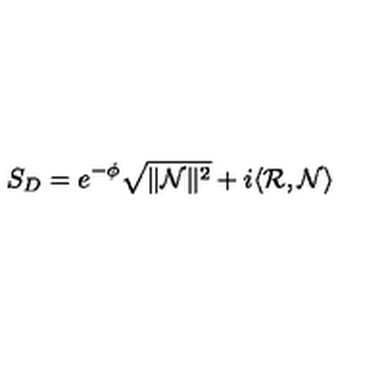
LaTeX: S _ { D } = e ^ { - \phi } \sqrt { \| \mathcal { N } \| ^ { 2 } } + i \langle \mathcal { R } , \mathcal { N } \rangle